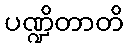
ပဏ္ဍိတာတိ